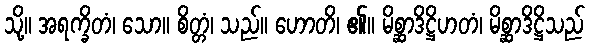
သို့။ အရက္ခိတံ၊ သော။ စိတ္တံ၊ သည်။ ဟောတိ၊ ၏။ မိစ္ဆာဒိဋ္ဌိဟတံ၊ မိစ္ဆာဒိဋ္ဌိသည်